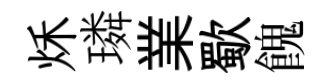
秌璘業歜餽